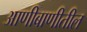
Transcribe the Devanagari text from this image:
आणीबाणीतील